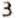
3